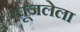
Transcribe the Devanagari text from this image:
पूजलेला